Indian journal of veterinary science and animal husbandry - Volumes 24-25, 1954-1955
Year: 1954
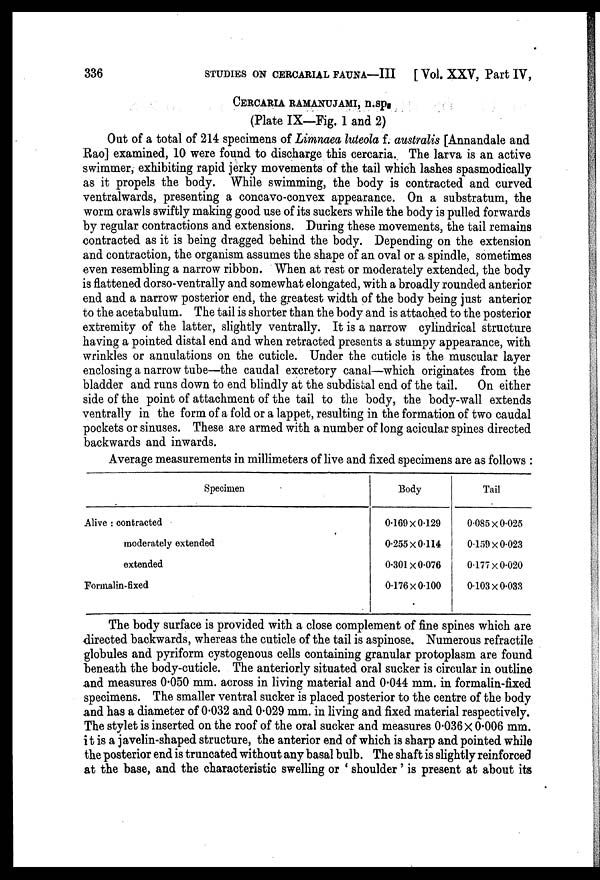
336
STUDIES
ON
CERCARIAL
FAUNA—III
[ Vol. XXV, Part IV,
CERCARIA RAMANUJAMI, n.sp f
(Plate IX—Fig. 1 and 2)
Out of a total of 214 specimens of Limnaea luteola f. australis [Annandale and
Rao] examined, 10 were found to discharge this cercaria. The larva is an active
swimmer, exhibiting rapid jerky movements of the tail which lashes spasmodically
as it propels the body. While swimming, the body is contracted and curved
ventralwards, presenting a concavo-convex appearance. On a substratum, the
worm crawls swiftly making good use of its suckers while the body is pulled forwards
by regular contractions and extensions. During these movements, the tail remains
contracted as it is being dragged behind the body. Depending on the extension
and contraction, the organism assumes the shape of an oval or a spindle, sometimes
even resembling a narrow ribbon. When at rest or moderately extended, the body
is flattened dorso-ventrally and somewhat elongated, with a broadly rounded anterior
end and a narrow posterior end, the greatest width of the body being just anterior
to the acetabulum. The tail is shorter than the body and is attached to the posterior
extremity of the latter, slightly ventrally. It is a narrow cylindrical structure
having a pointed distal end and when retracted presents a stumpy appearance, with
wrinkles or annulations on the cuticle. Under the cuticle is the muscular layer
enclosing a narrow tube—the caudal excretory canal—which originates from the
bladder and runs down to end blindly at the subdistal end of the tail.
On either
side of the point of attachment of the tail to the body, the body-wall extends
ventrally in the form of a fold or a lappet, resulting in the formation of two caudal
pockets or sinuses. These are armed with a number of long acicular spines directed
backwards and inwards.
Average measurements in millimeters of live and fixed specimens are as follows :
Specimen
Alive : contracted
moderately extended
extended
Formalin-fixed
Body
0.169x0.129
0255x0.114
0.301x0.076
0.176x0.100
Tail
0.085 x 0.025
0.159x0.023
0.177x0.020
0.103x0.033
The body surface is provided with a close complement of fine spines which are
directed backwards, whereas the cuticle of the tail is aspinose. Numerous refractile
globules and pyriform cystogenous cells containing granular protoplasm are found
beneath the body-cuticle. The anteriorly situated oral sucker is circular in outline
and measures 0.050 mm. across in living material and 0.044 mm. in formalin-fixed
specimens. The smaller ventral sucker is placed posterior to the centre of the body
and has a diameter of 0.032 and 0.029 mm. in living and fixed material respectively.
The stylet is inserted on the roof of the oral sucker and measures 0.036 × 0.006 mm.
it is a javelin-shaped structure, the anterior end of which is sharp and pointed while
the posterior end is truncated without any basal bulb. The shaft is slightly reinforced
at the base, and the characteristic swelling or ' shoulder ' is present at about its